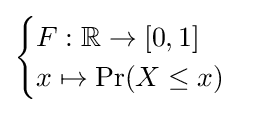
{\begin{cases}F:\mathbb {R} \to [0,1]\\x\mapsto \Pr(X\leq x)\end{cases}}